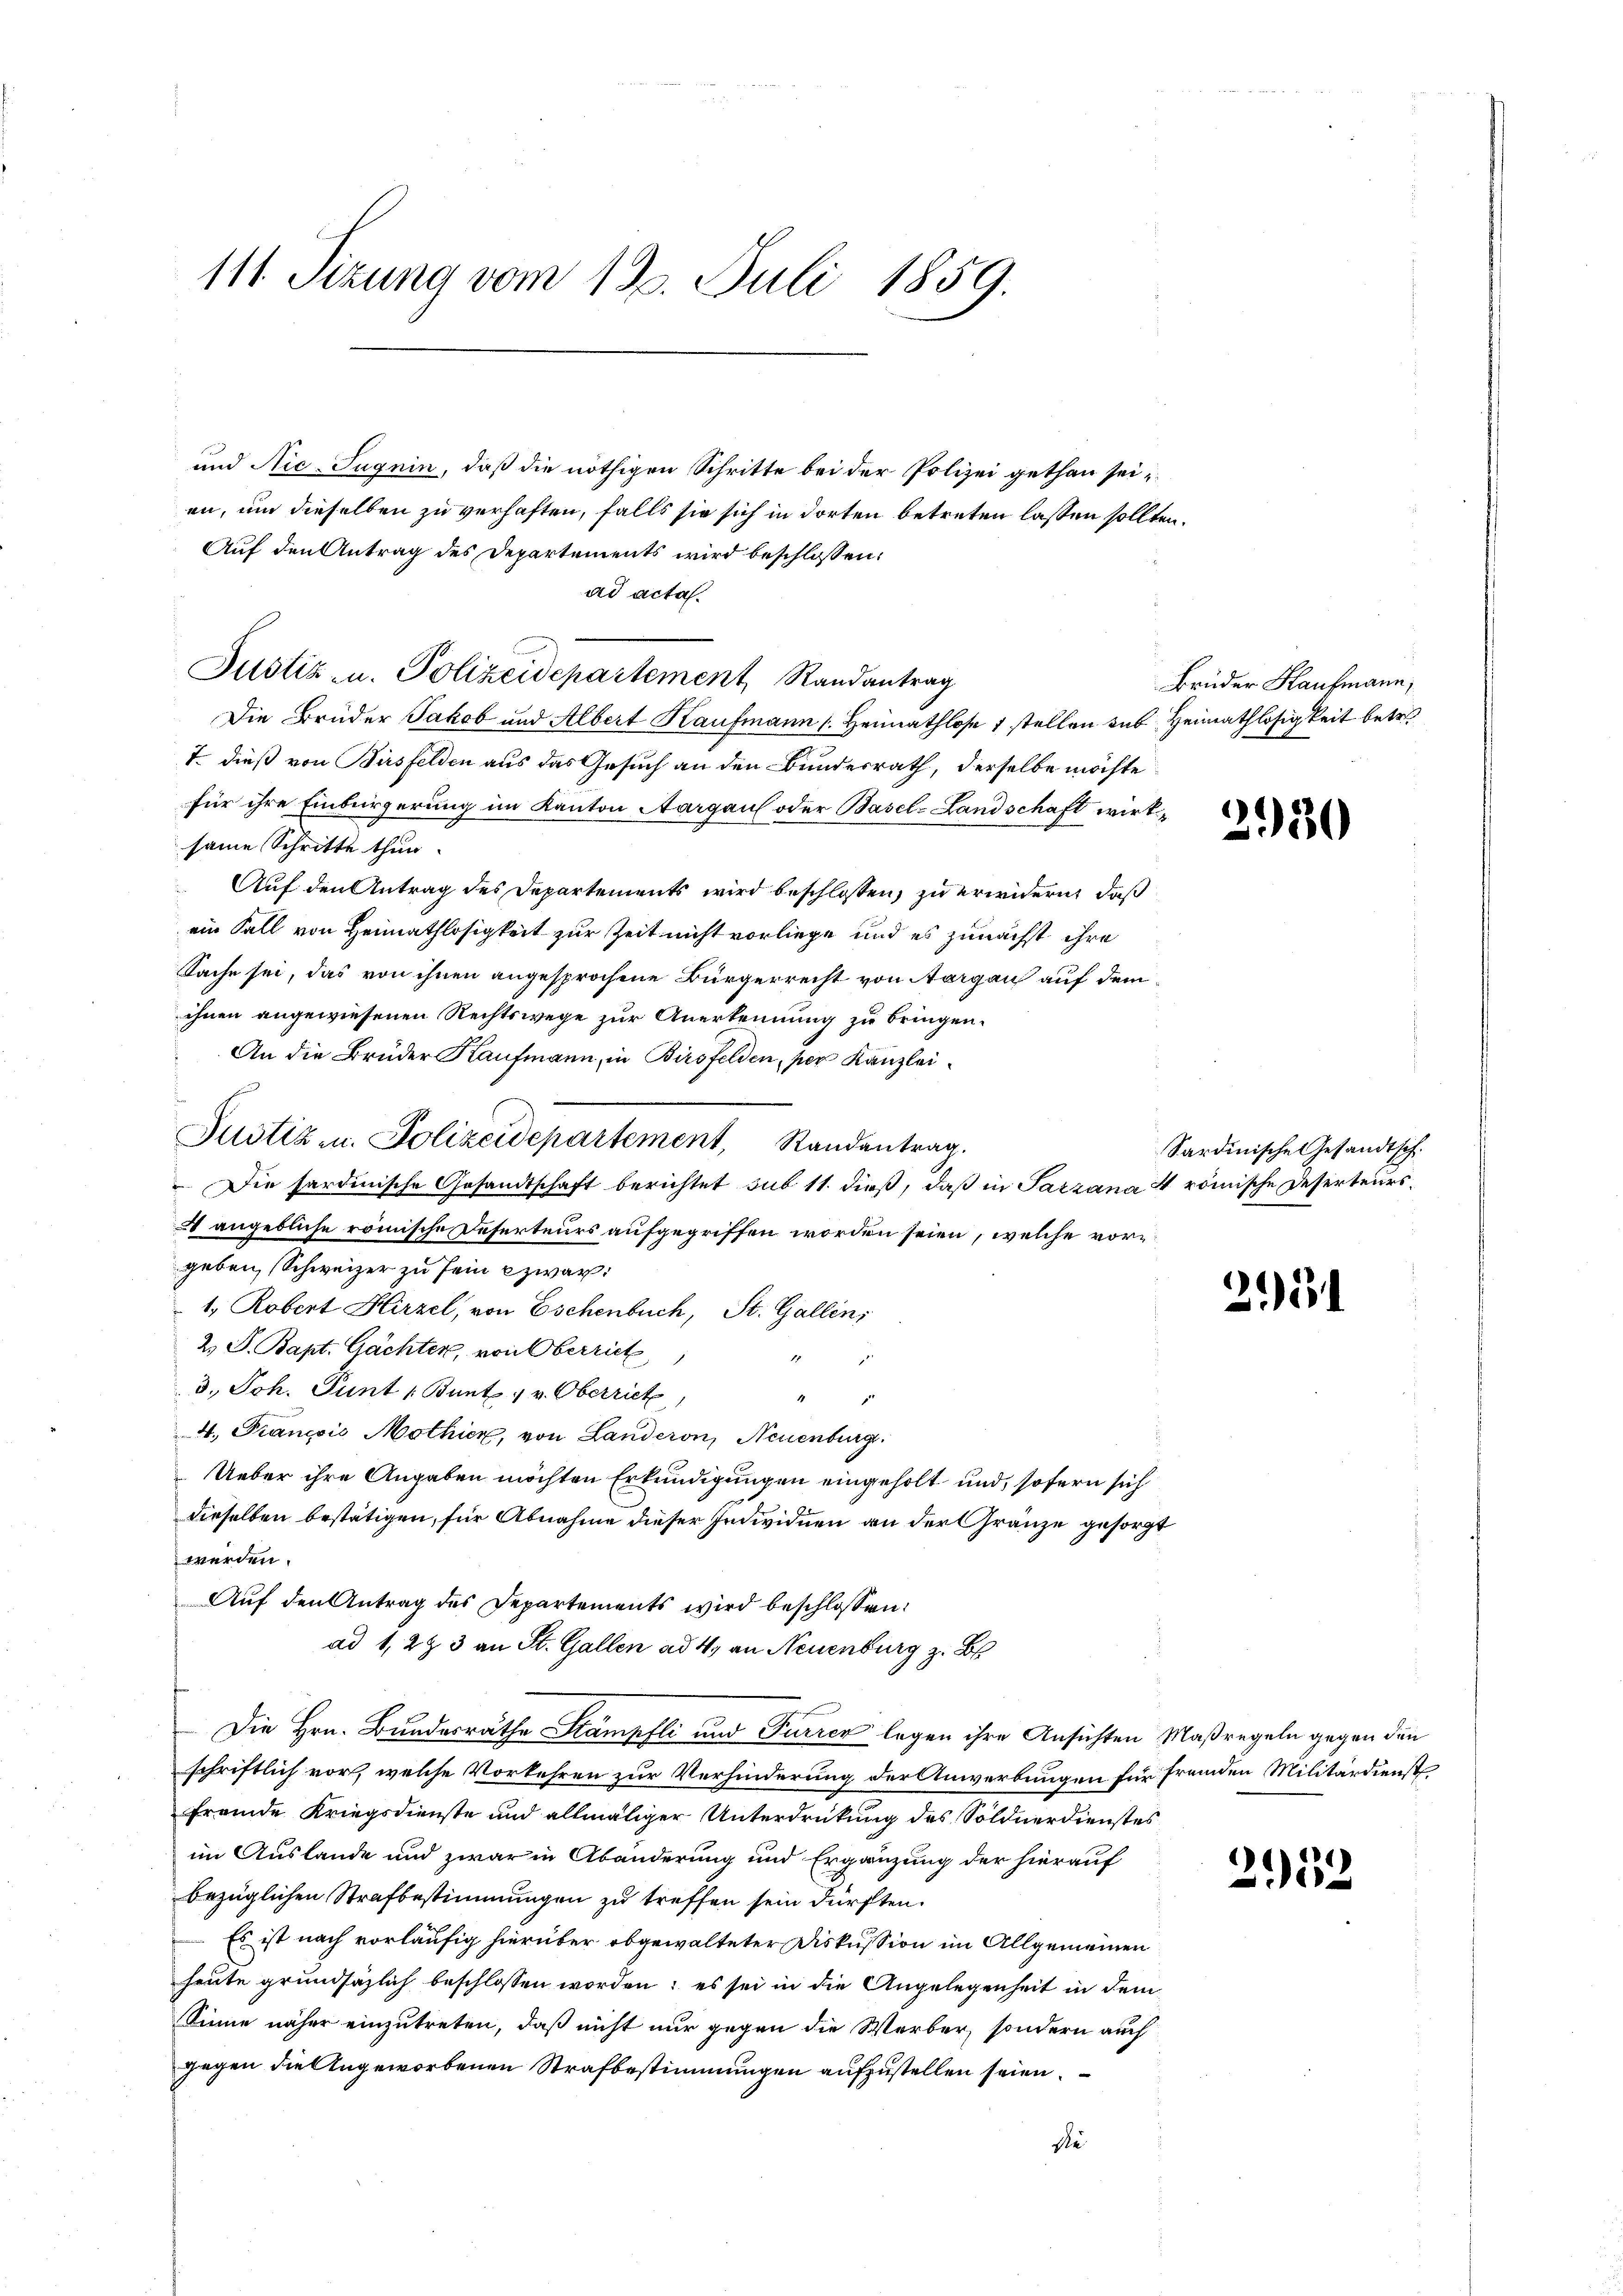
111. Sitzung vom 12. Juli 1859.

und Nie-Jugnin, daß die nöthigen Schritte bei der Polizei gethan sei,
en, um dieselben zu verhaften, falls sie sich in dorten betreten lassen sollten.
Auf den Antrag des Departements wird beschlossen:
ad acta.
Justiz- u. Polizeidepartement, Randantrag
Die Brüder Jakob und Albert Kaufmann (Heimathlose 1 stellen sub Heimathlosigkeit betret
T. dieß von Bürsfelden aus das Gesuch an den Bundesrath, derselbe möchte
für ihre Einbürgerung im Kanton Aargau oder Basel-Landschaft wirksame Schritte thun.
Auf den Antrag des Departements wird beschlossen, zu erwidern, daß
ein Fall von Heimathlosigkeit zur Zeit nicht vorliege und es zunächst ihre
Sache sei, das von ihnen angesprochene Bürgerrecht von Aargau auf demihnen angewiesenen Rechtswege zur Anerkennung zu bringen.
An die Brüder Kaufmann, in Birsfelden, per Kanzlei¬
 Die sardinische Gesandtschaft berichtet sub 11. dieß, daß in Parzana 4 römische Deserteurs¬
4 angebliche römische Reserteurs aufgegriffen worden seien, welche vorgeben, Schweizer zu sein zwar:
1. Robert Hirzel, von Eschenbuch, St. Gallen,
2. S. Bapt. Gachter, von Oberrich,
.
3. Joh. Funt (Buntz 1 v. Oberrich,
2
4. François Mothier, von Landeron, Neuenburg
Ueber ihre Angaben möchten Erkundigungen eingeholt und, sofern sich
dieselben bestätigen, für Abnahme dieser Individuen an der Gränze gesorgt
werden.
Auf den Antrag des Departements wird beschlossen:
ad 1, 2 & 3 an St. Gallen ad 4. an Neuenburg z. B.
Die Hrn. Bundesräthe Stämpfli und Furrer legen ihre Ansichten Maßregeln gegen den
schriftlich vor, welche Vorkehren zur Verhinderung der Anwerbungen für fremden Militärdienst
fremde Kriegsdienste und allmäliger Unterdrückung des Söldnerdienstes
im Auslande und zwar in Abänderung und Ergänzung der hierauf
bezüglichen Strafbestimmungen zu treffen sein dürften.
Es ist nach vorläufig hierüber obgewalteter Diskussion im Allgemeinen
heute grundsäzlich beschlossen worden; es sei in die Angelegenheit in dem
Sinne näher einzutreten, daß nicht nur gegen die Werber, sondern auch
gegen die Angeworbenen Strafbestimmungen aufzustellen seien.
die

Justiz u. Polizeidepartement, Randantrag.

Brüder Kaufmann,

3930

Sardinische Gesandtsch

25

1
20